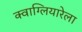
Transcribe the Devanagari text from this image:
क्वाग्लियारेला